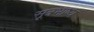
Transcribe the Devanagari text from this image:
सूत्रभाष्य